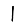
Digit: 1